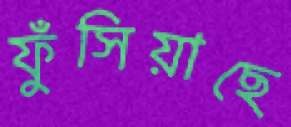
ফুঁসিয়াছে